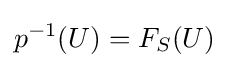
p^{-1}(U)=F_{S}(U)